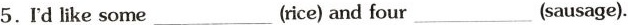
5.rd like some ___ (rice) and four ___ (sausage).